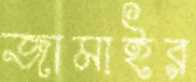
জামাইর